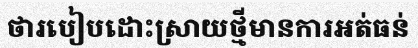
ថារបៀបដោះស្រាយថ្មីមានការអត់ធន់